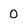
Character: 0